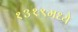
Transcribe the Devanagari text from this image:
१३१९मध्ये